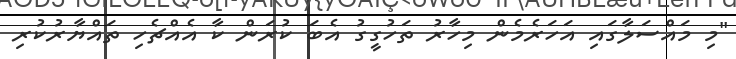
"މި މައްސަލާގައި އަހަރެމެން މިހާރު ތަހުގީގު އެބަ ކުރަން ކާ އެއްޗެހި ތައްޔާރުކުރި